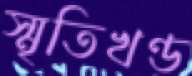
স্মৃতিখণ্ড